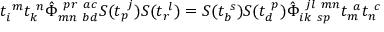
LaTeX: t _ { i } ^ { ~ m } t _ { k } ^ { ~ n } \hat { \Phi } _ { m n ~ b d } ^ { ~ p r ~ a c } S ( t _ { p } ^ { ~ j } ) S ( t _ { r } ^ { ~ l } ) = S ( t _ { b } ^ { ~ s } ) S ( t _ { d } ^ { ~ p } ) \hat { \Phi } _ { i k ~ s p } ^ { ~ j l ~ m n } t _ { m } ^ { ~ a } t _ { n } ^ { ~ c }